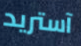
آستريد